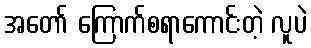
အတော် ကြောက်စရာကောင်းတဲ့ လူပဲ